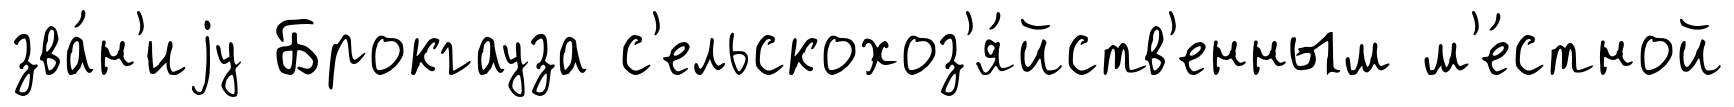
зва́н'иjу Брокгауза с'ельскохоз'я́йств'енным м'е́стной